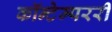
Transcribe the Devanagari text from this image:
कॉन्टेम्पररी